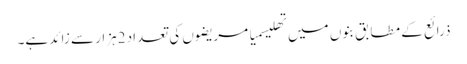
ذرائع کے مطابق بنوں میں تھلیسمیا مریضوں کی تعداد 2ہزار سے زائد ہے۔